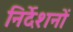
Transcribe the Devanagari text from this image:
निर्देशनों